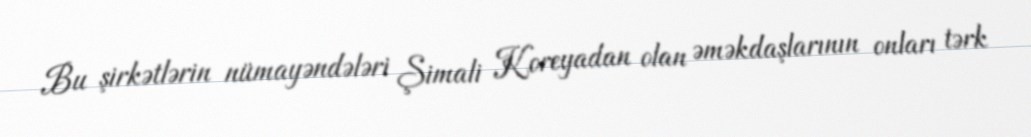
Bu şirkətlərin nümayəndələri Şimali Koreyadan olan əməkdaşlarının onları tərk